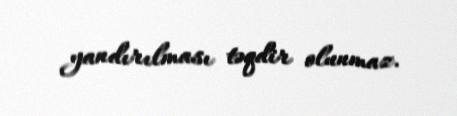
yandırılması təqdir olunmaz.